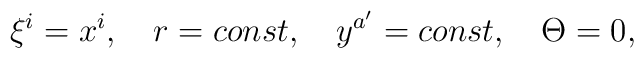
\xi^i=x^i,\quad r=const, \quad y^{a'}=const, \quad \Theta=0,